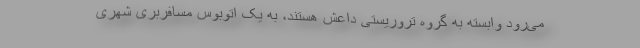
می‌رود وابسته به گروه تروریستی داعش هستند، به یک اتوبوس مسافربری شهری